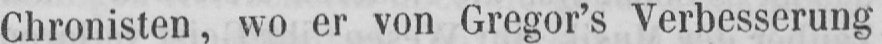
Chronisten, wo er von Gregor’s Verbesserung